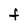
Character: t